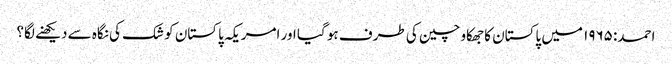
احمد: ۱۹۶۵ میں پاکستان کا جھکاو چین کی طرف ہو گیا اور امریکہ پاکستان کو شک کی نگاہ سے دیکھنے لگا؟